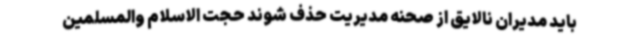
باید مدیران نالایق از صحنه مدیریت حذف شوند حجت الاسلام والمسلمین